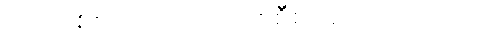
ပြင်သစ်စာ သင်ဖို့လည်း စီစဉ်ပေးလိုက်တယ်။